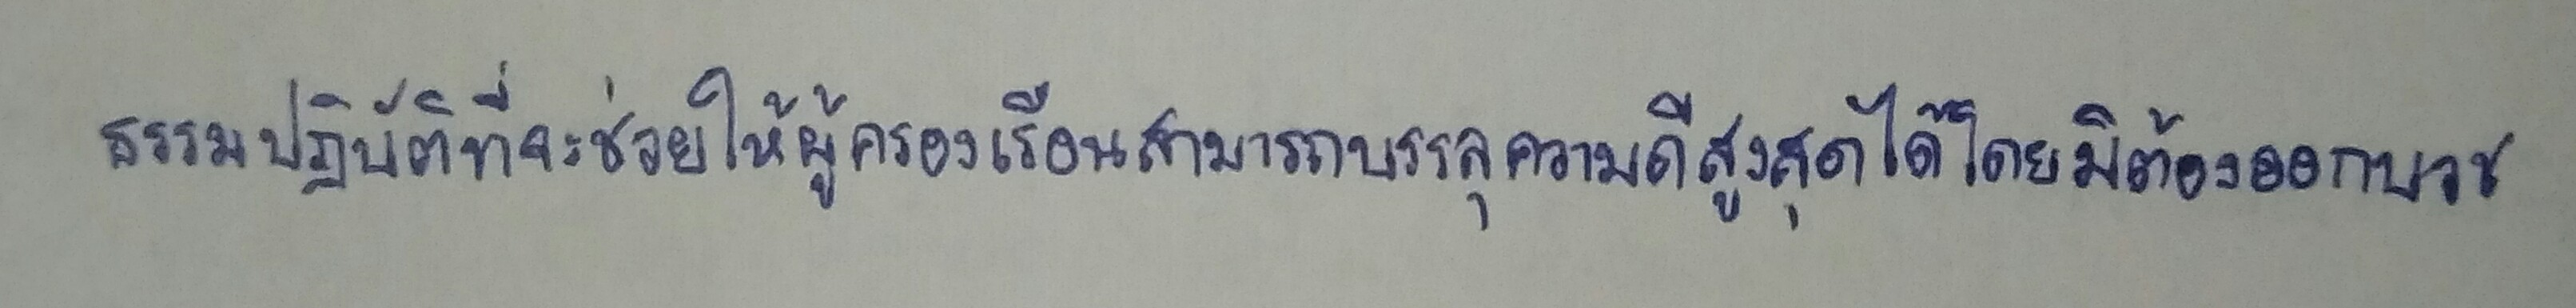
ธรรมปฏิบัติที่จะช่วยให้ผู้ครองเรือนสามารถบรรลุความดีสูงสุดได้โดยมิต้องออกบวช